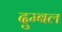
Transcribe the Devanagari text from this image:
दुम्बल